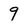
Character: 9